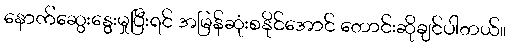
နောက်ဆွေးနွေးမှုပြီးရင် အမြန်ဆုံးစနိုင်အောင် တောင်းဆိုချင်ပါတယ်။